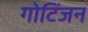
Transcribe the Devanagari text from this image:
गोटिंजन